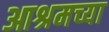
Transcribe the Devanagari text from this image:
आश्रमच्या